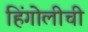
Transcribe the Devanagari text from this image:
हिंगोलीची